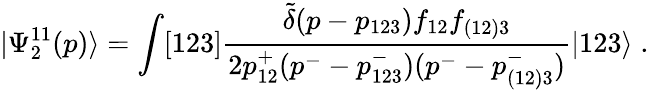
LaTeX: |\Psi_{2}^{11}(p)\rangle=\int[123]\frac{\tilde{\delta}(p-p_{123})f_{12}f_{(12)3}}{2p_{12}^{+}(p^{-}-p_{123}^{-})(p^{-}-p_{(12)3}^{-})}|123\rangle\; .